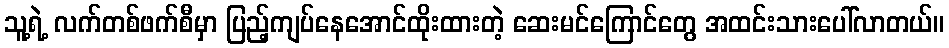
သူ့ရဲ့ လက်တစ်ဖက်စီမှာ ပြည့်ကျပ်နေအောင်ထိုးထားတဲ့ ဆေးမင်ကြောင်တွေ အထင်းသားပေါ်လာတယ်။